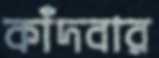
কাঁদবার